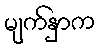
မျက်နှာက